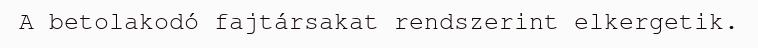
A betolakodó fajtársakat rendszerint elkergetik.